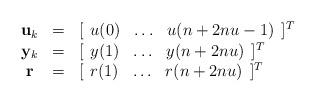
LaTeX: \begin{align*}\begin{array}{ccl}\mathbf u_k &=& [\begin{array}{ccc}u(0)& \ldots & u(n+2nu-1)\end{array}]^T \\\mathbf y_k &=& [\begin{array}{ccc}y(1)& \ldots & y(n+2nu)\end{array}]^T \\\mathbf r &=& [\begin{array}{ccc}r(1)& \ldots & r(n+2nu)\end{array}]^T\end{array}\end{align*}